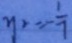
y _ { 2 } = - \frac { 1 } { 7 }